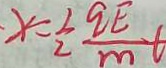
x = \frac { 9 E } { 2 } \frac { 9 E } { m } t